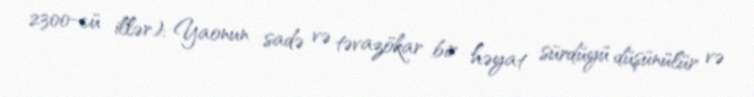
2300-cü illər): Yaonun sadə və təvazökar bir həyat sürdüyü düşünülür və